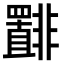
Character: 𫕾